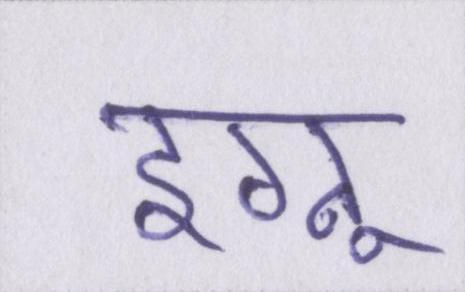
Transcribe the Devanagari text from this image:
इग्नू